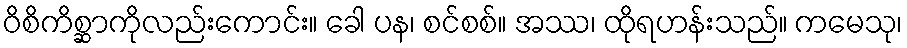
ဝိစိကိစ္ဆာကိုလည်းကောင်း။ ခေါ ပန၊ စင်စစ်။ အဿ၊ ထိုရဟန်းသည်။ ကမေသု၊